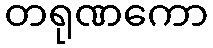
တရုဏကော